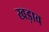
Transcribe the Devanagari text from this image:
खड़ाव